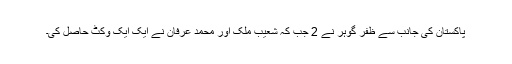
پاکستان کی جانب سے ظفر گوہر نے 2 جب کہ شعیب ملک اور محمد عرفان نے ایک ایک وکٹ حاصل کی۔